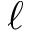
\ell